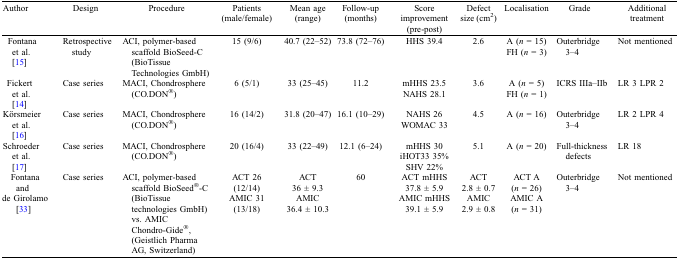
| Author | Design | Procedure | Patients (male/female) | Mean age (range) | Follow-up (months) | Score improvement (pre-post) | Defect size (cm2) | Localization | Grade | Additional treatment |
 | --- | --- | --- | --- | --- | --- | --- | --- | --- | --- | --- |
 | Fontana et al. [15] | Retrospective study | ACI, Polymer-based scaffold BioSeed-C (BioTissue Technologies GmbH) | 15 (9/6) | 40.7 (22–52) | 73.8 (72–76) | HHS 39.4 | 2.6 | A (n = 15) FH (n = 3) | Outerbridge 3–4 | Not mentioned |
 | Fickert et al. [14] | Case series | MACI, Chondrosphere (CO.DON®) | 6 (5/1) | 33 (25–45) | 11.2 | mHHS 23.5 NAHS 28.1 | 3.6 | A (n = 5) FH (n = 1) | ICRS IIIA–IIB | LR 3 LPR 2 |
 | Körsmeier et al. [16] | Case series | MACI, Chondrosphere (CO.DON®) | 16 (14/2) | 31.8 (20–47) | 16.1 (10–29) | NAHS 26 WOMAC 33 | 4.5 | A (n = 16) | Outerbridge 3–4 | LR 2 LPR 4 |
 | Schroeder et al. [17] | Case series | MACI, Chondrosphere (CO.DON®) | 20 (16/4) | 33 (22–49) | 12.1 (6–24) | mHHS 30 iHOT33 35% SHV 22% | 5.1 | A (n = 20) | Full-thickness defects | LR 18 |
 | Fontana and de Girolamo [33] | Case series | ACI, Polymer-based scaffold BioSeed®-C (BioTissue Technologies GmbH) vs. AMIC Chondro-Gide®, (Geistlich Pharma AG, Switzerland) | ACT 26 (12/14) AMIC 31 (13/18) | ACT 36 ± 9.3 AMIC 36.4 ± 10.3 | 60 | ACT mHHS 37.8 ± 5.9 AMIC mHHS 39.1 ± 5.9 | ACT 2.8 ± 0.7 AMIC 2.9 ± 0.8 | ACT A (n = 26) AMIC A (n = 31) | Outerbridge 3–4 | Not mentioned |